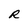
Character: R